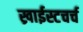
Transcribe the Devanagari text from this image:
ख्राईस्टचर्च